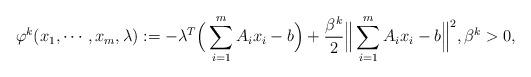
LaTeX: \begin{align*}\varphi^k(x_1,\cdots, x_m,\lambda):=-\lambda^T\Big(\sum_{i=1}^{m}A_ix_i-b\Big)+\frac{\beta^k}{2}\Big\|\sum_{i=1}^{m}A_ix_i-b\Big\|^2,\beta^k>0,\end{align*}